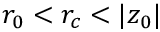
r _ { 0 } < r _ { c } < | z _ { 0 } |